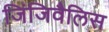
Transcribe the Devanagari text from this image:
जिंजिवैलिस